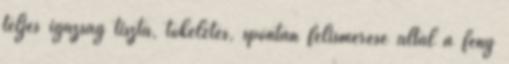
teljes igazság tiszta, tökéletes, spontán felismerése által a fény